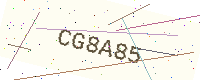
Text: CG8A85